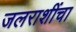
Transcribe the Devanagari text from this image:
जलराशींचा